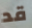
قد